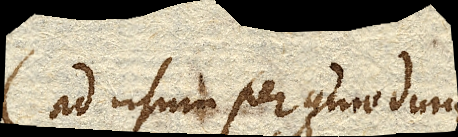
ad usum percommodum